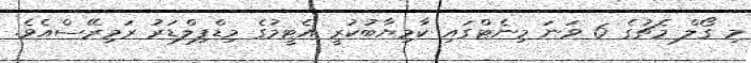
މި ގޯލް މެޗުގެ 6 ވަނަ މިނެޓްގައި ކާމިޔާބުކުރީ އެޓީމުގެ މިޑްފިލްޑަރު ރަމިރޭސްއެވެ.